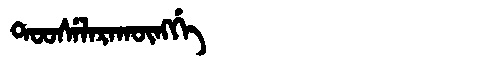
Manchu: ᡨᠣᠣᠰᡝᠯᠠᡵᠠᡴᡡᠩᡤᡝ
Romanization: TOOSELARAKŪNGGE